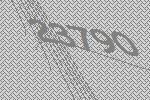
23790